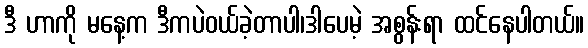
ဒီ ဟာကို မနေ့က ဒီကပဲဝယ်ခဲ့တာပါ၊ဒါပေမဲ့ အစွန်းရာ ထင်နေပါတယ်။